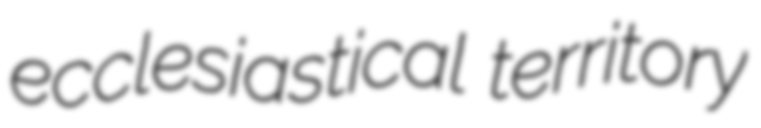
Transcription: ecclesiastical territory